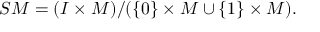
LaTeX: { \cal S } M = ( I \times M ) / ( \{ 0 \} \times M \cup \{ 1 \} \times M ) .